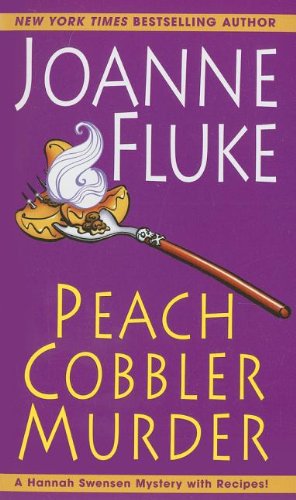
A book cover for Peach Cobbler Murder (A Hannah Swensen Mystery); Joanne Fluke; Mystery, Thriller & Suspense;